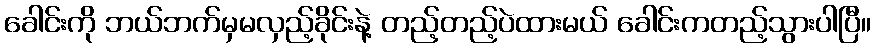
ခေါင်းကို ဘယ်ဘက်မှမလှည့်ခိုင်းနဲ့ တည့်တည့်ပဲထားမယ် ခေါင်းကတည့်သွားပါပြီ။